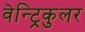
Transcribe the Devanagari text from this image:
वेन्ट्रिकुलर